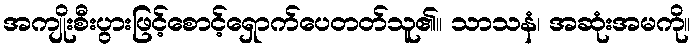
အကျိုးစီးပွားဖြင့်စောင့်ရှောက်ပေတတ်သူ၏။ သာသနံ၊ အဆုံးအမကို။